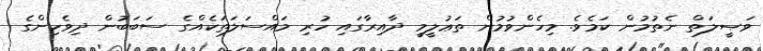
ވަޞީލަތް ނެތުމުން ކަމެވެ. މިހެންވުމުން ތަޢުލީމީ ދާއިރާގައި ހުރި މައްސަލަތަކެއްގެ ސަބަބުން ދިވެހިންގެ